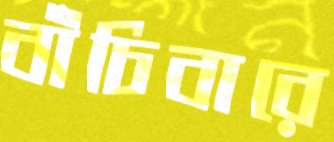
বাঁচিবারে